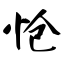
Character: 怆